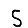
Digit: 5